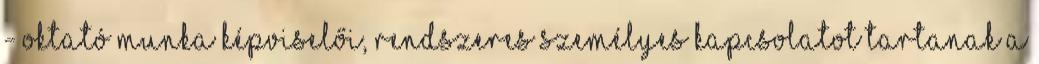
- oktató munka képviselői, rendszeres személyes kapcsolatot tartanak a